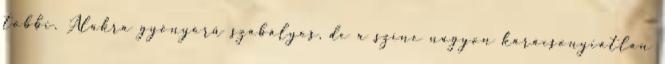
többi. Alakra gyönyörű szabályos, de a színe nagyon karácsonyiatlan